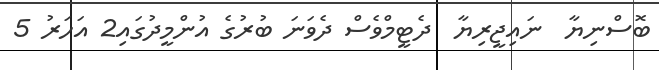
ބޮސްނިޔާ  ނައިޖީރިޔާ  ދެޓީީމްވެސް ދެވަނަ ބުރުގެ އުންމީދުގައި2 އަހަރު 5